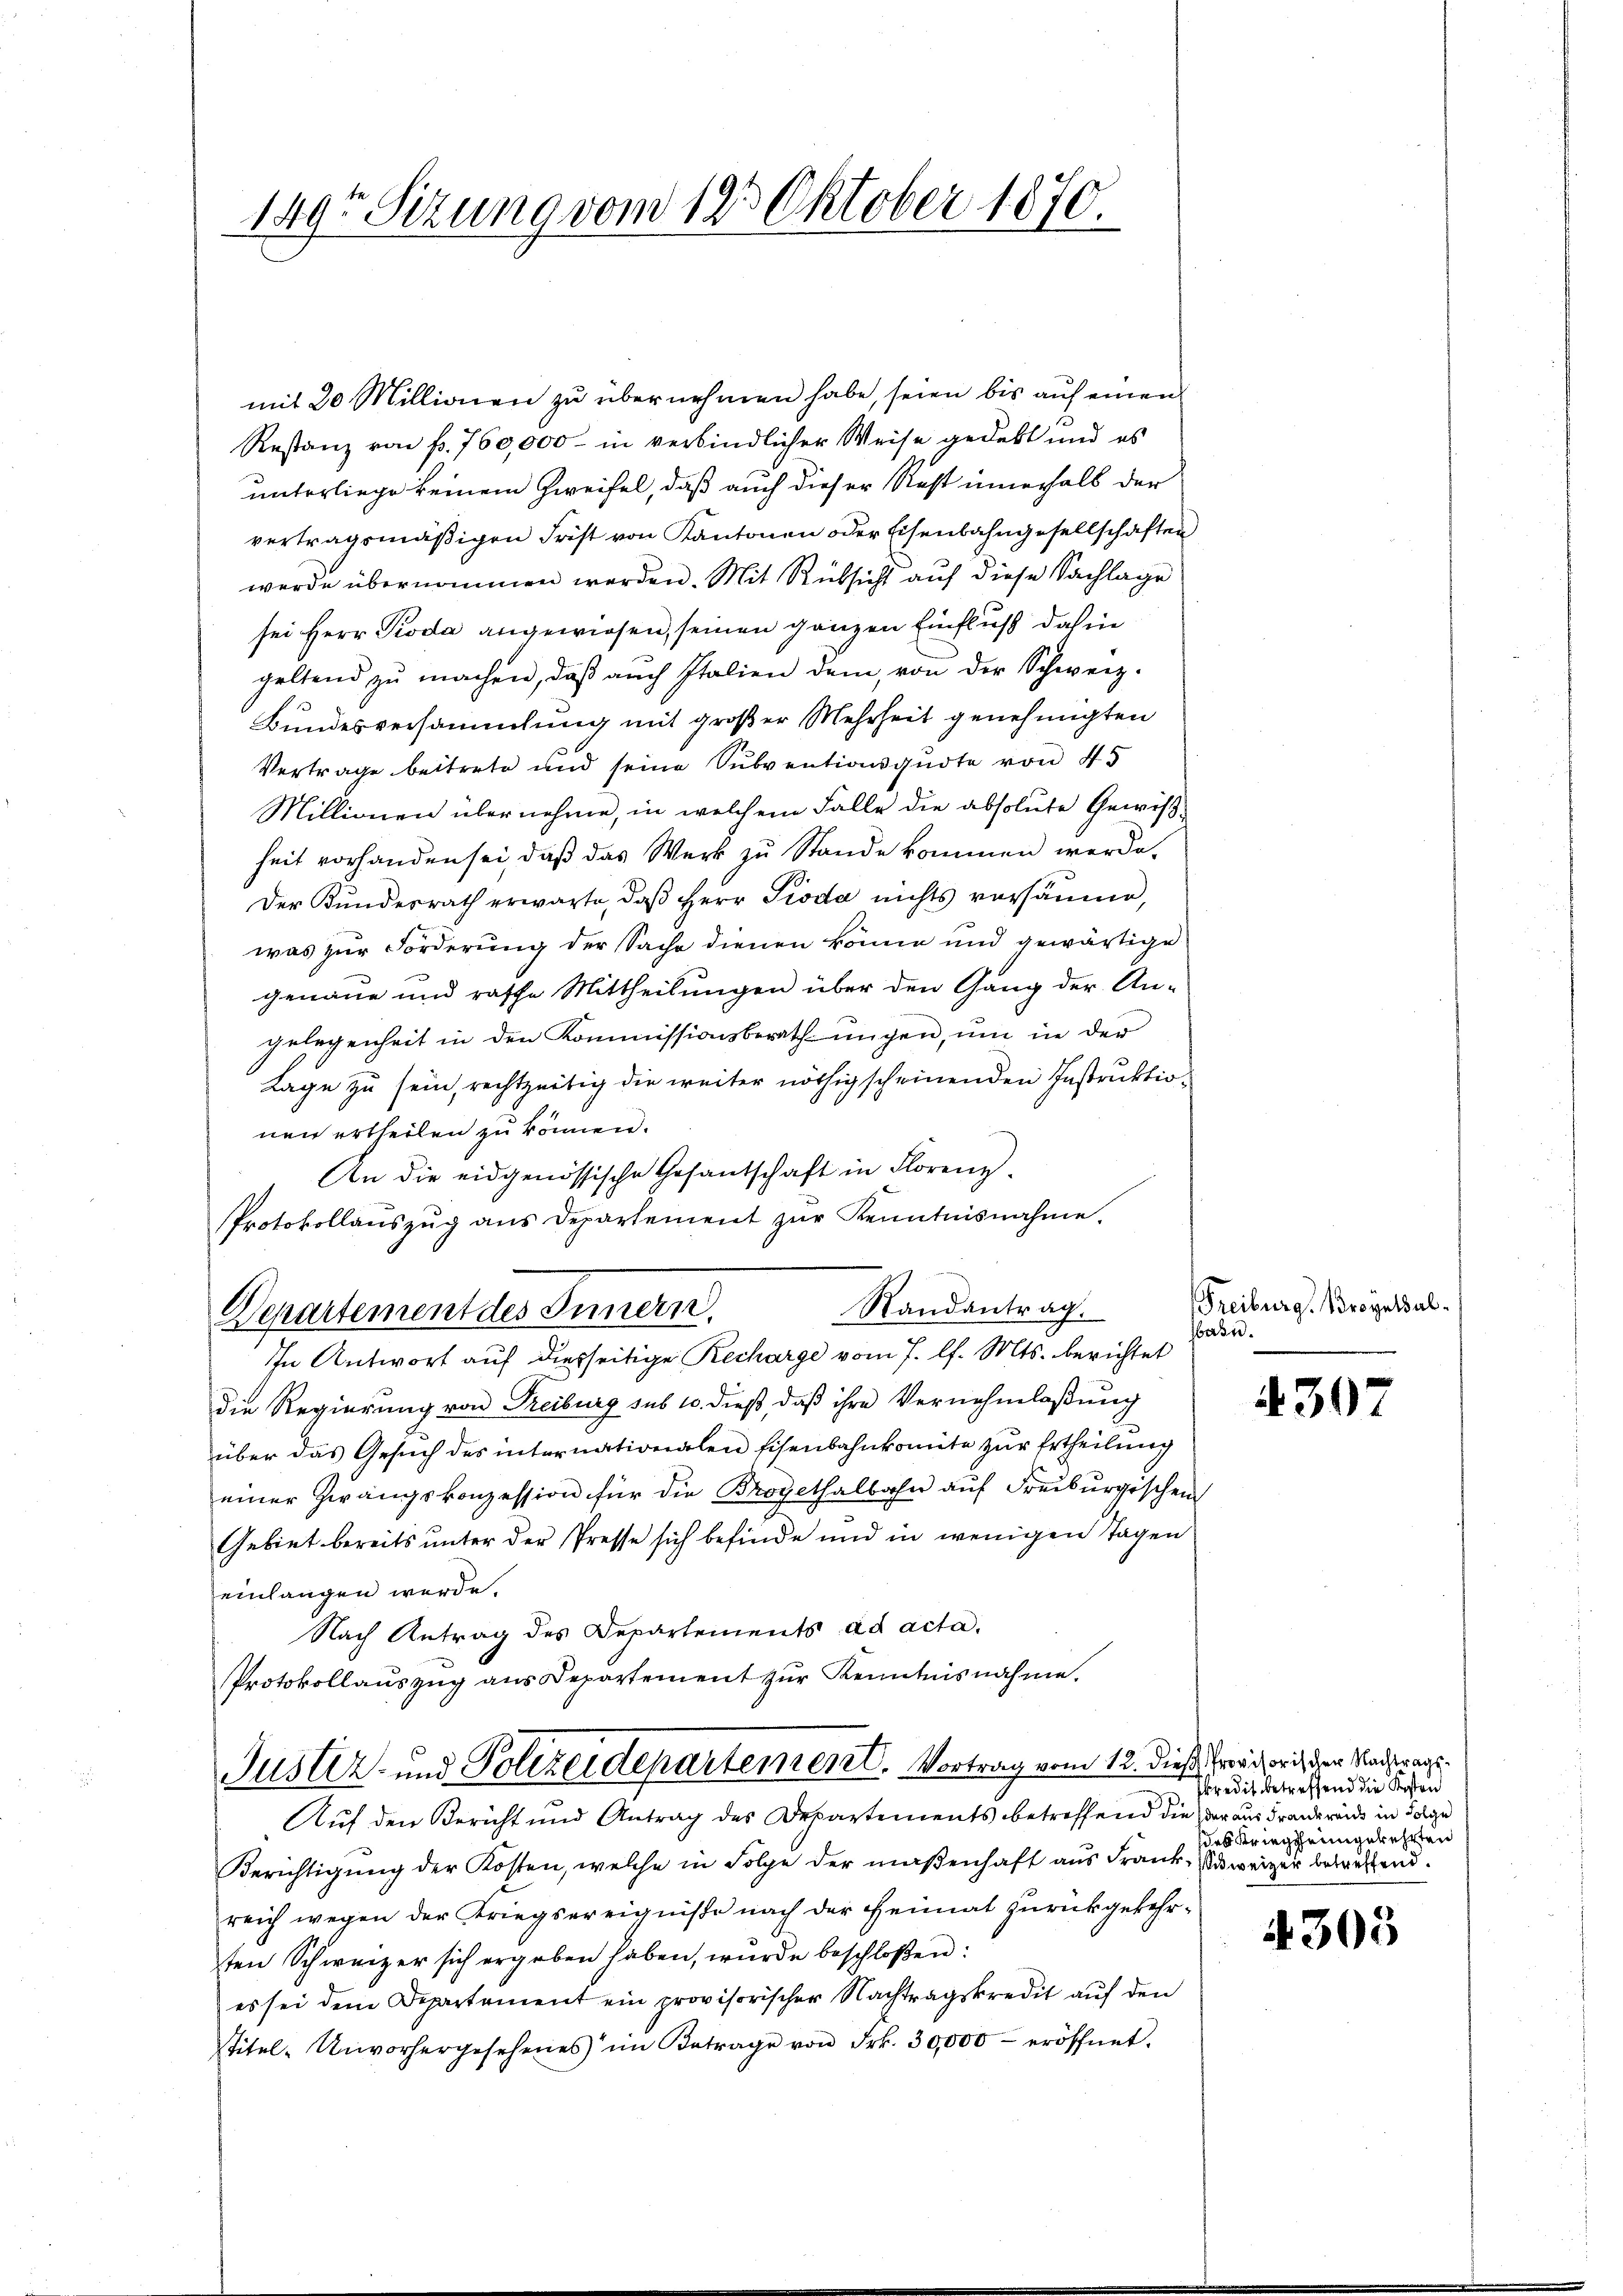
149 Sizung vom 19t Oktober 1870.

mit 20 Millionen zu übernehmen habe, seien bis auf einen
Restanz von f. 760,000 - in verbindlicher Weise gedekt und es
unterliege keinem Zweifel, daß auch dieser Rest innerhalb der
vertragsmäßigen Frist von Kantonen oder Eisenbahngesellschaften
werde übernommen werden. Mit Rüksicht auf diese Sachlage
sei Herr Pioda angewiesen, seinen ganzen Einfluß dahin
geltend zŭ machen, daβ aŭch Italien dem, von der Schweiz.
Bundesversammlung mit großer Mehrheit genehmigten
Vertrage beitrete und seine Subventionsgute von 45
Millionen übernehme, in welchem Falle die absolute Gewißheit vorhanden sei, daβ das Werk zu Stande kommen werde.
Der Kundesrath erwarte, daβ Herr Pioda nichts versäume,
was zur Forderung der Sache dienen könne und gewärtige
genaue und rasche Mittheilungen über den Gang der An-
gelegenheit in den Kommissionsberath ungen, um in der
Lage zu sein, rechtzeitig die weiter nöthig scheinenden Instruktionen ertheilen zu können.
An die eidgenössische Gesantschaft in Florenz.
Protokollaŭszŭg ans Departement zŭr Kenntnisnahme.
Randantrag.
Departement des Innern.
In Antwort auf diesseitige Recharge vom 7. l. Mts. berichtet
die Regierung von Treiburg sub 10. dieß, daß ihre Vernehmlaßung
über das Gesuch des internationalen Eisenbahnkomite zur Ertheilung
einer Zwangskonzession für die Brogethalbahn auf Freiburgischen
Gebiet bereits unter der Presse sich befinde und in wenigen Tagen
einlangen werde.
Nach Antrag des Departements ad acta.
Protokollaŭszŭg ans Departement zŭr Kenntnisnahme.
Justiz- und Polizeidepartement. Vortrag vom 12. dieß, droit der Nachtrag¬
Auf den Bericht und Antrag des Departements betreffend die der aus Frankreide in Folge
Berichtigung der Kosten, welche in Folge der maßenhaft aus Frank, weiger betreffend.
reich wegen der Kriegsereigniße nach der Heimat zurückgekehrsten Schweizer sich ergeben haben, wurde beschloßen:
es sei dem Departement ein provisorischer Nachtragskredit auf den
stitel. Unvorhergesehenes im Betrage von Frk. 30,000 eröffnet.

Freiburg, Broyaldal
barn.

4307

skredit betreffend die Kosten
das Kriegsheimgekehrten

4305